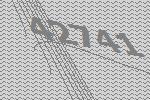
42741